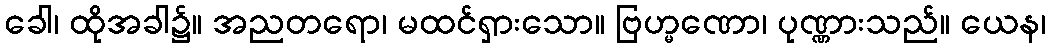
ခေါ၊ ထိုအခါ၌။ အညတရော၊ မထင်ရှားသော။ ဗြဟ္မဏော၊ ပုဏ္ဏားသည်။ ယေန၊